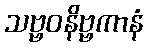
သဗ္ဗဝနိဗ္ဗကာနံ